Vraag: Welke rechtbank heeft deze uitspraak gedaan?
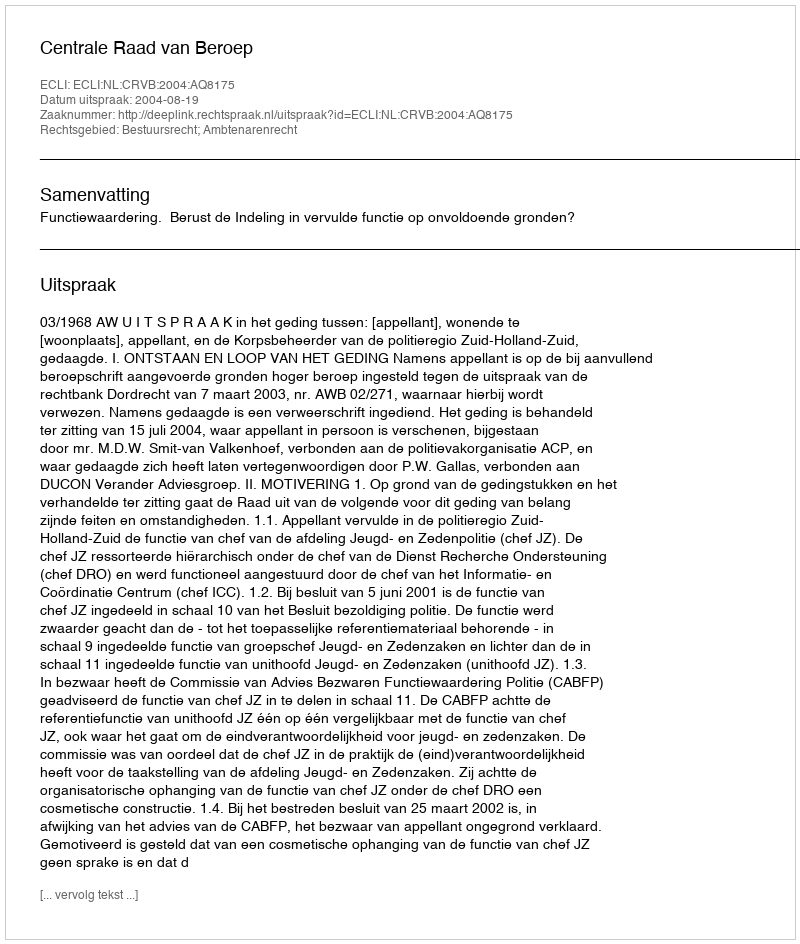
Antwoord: Centrale Raad van Beroep